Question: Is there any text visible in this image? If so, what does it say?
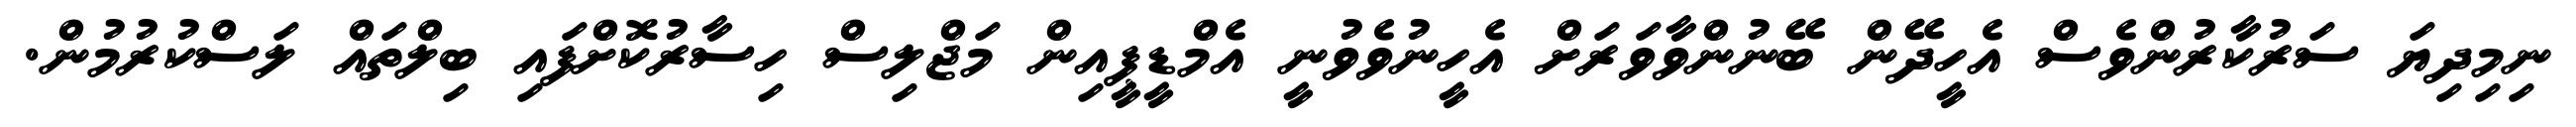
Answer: ނިމިދިޔަ ސަރުކާރުންވެސް އެހީދޭން ބޭނުންވާވަރަށް އެހީނުވެވުނީ އެމްޑީޕީއިން މަޖްލިސް ހިސާރުކޮށްފައި ބިލްތައް ލަސްކުރުމުން.